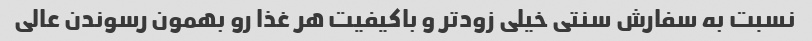
نسبت به سفارش سنتی خیلی زودتر و باکیفیت هر غذا رو بهمون رسوندن عالی